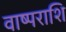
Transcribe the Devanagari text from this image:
वाष्पराशि